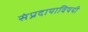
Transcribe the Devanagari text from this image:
संप्रदायाविषयी